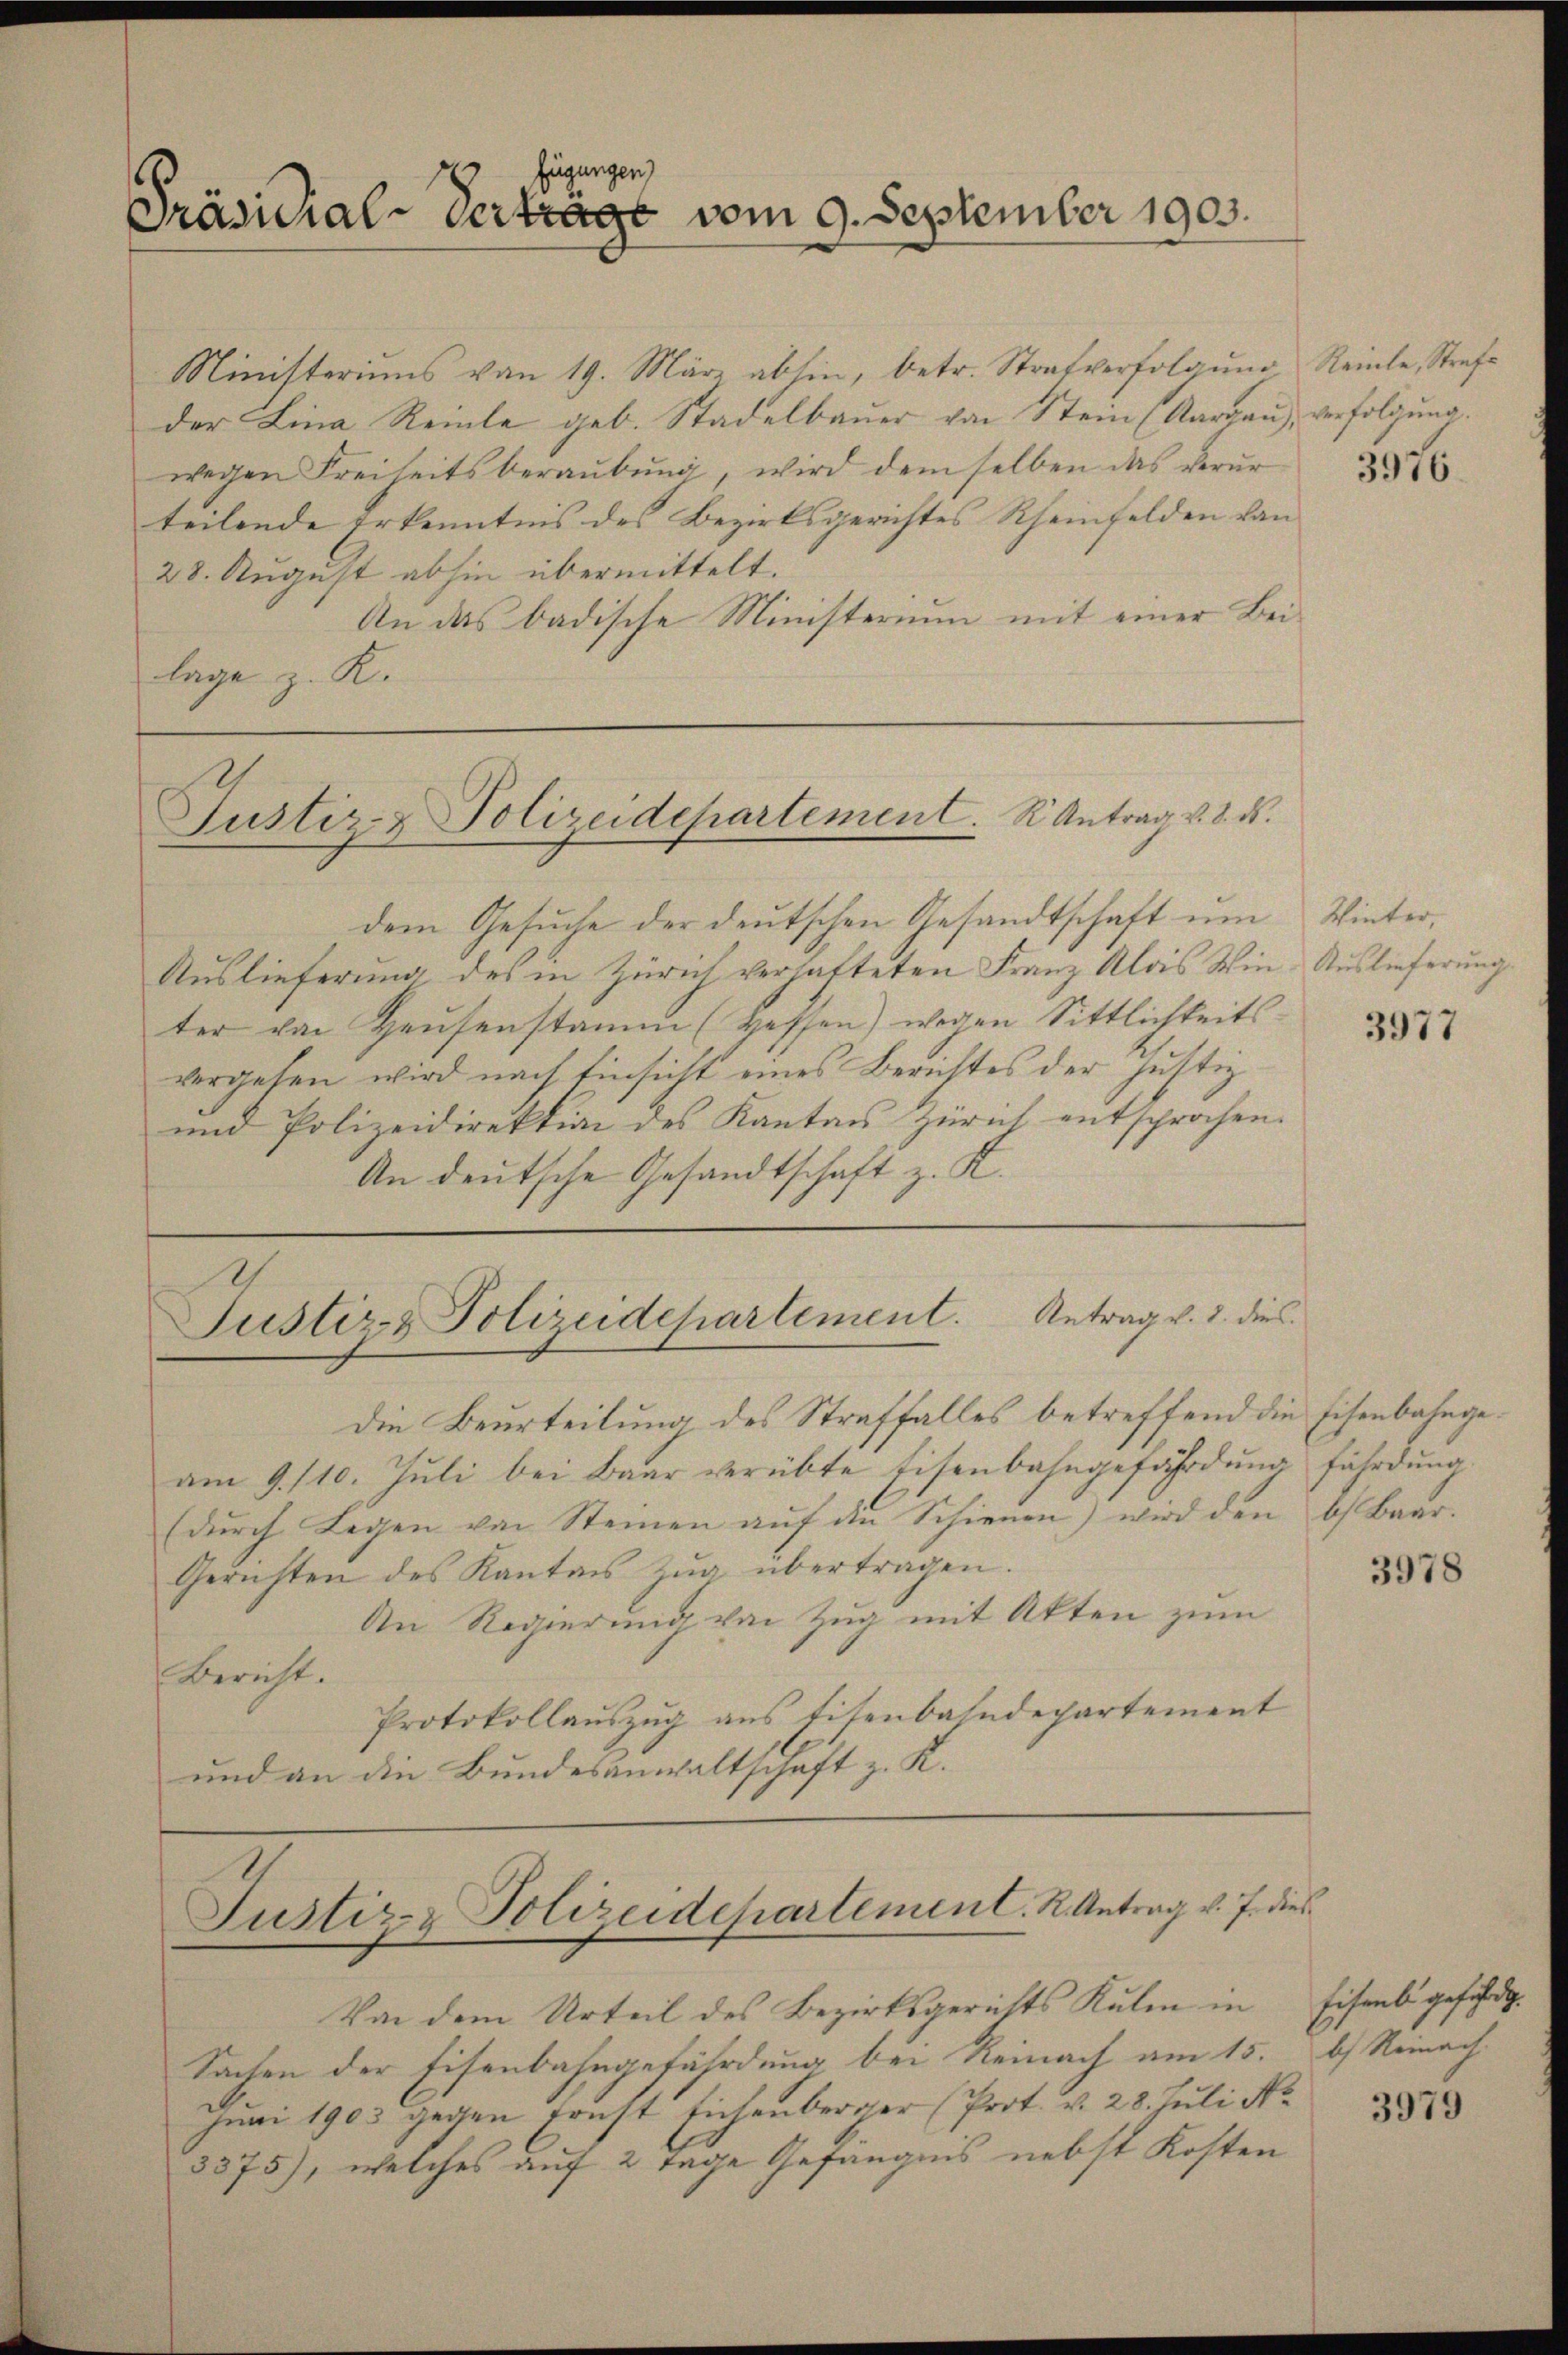
fügungen)
Präsidial-Vertrage vom 9. September 1903.

Ministeriums von 19. März absin, betr. Strafverfolgŭng Reinle, Strafe
der Lina Reinle geb. Stadelbauer von Stein (Aargau, verfolgung.
wegen Freiheitsberaŭbŭng, wird dem selben das verŭr
teilende Erkenntnis des Bezirksgerichtes Rheinfelden von
28. August abhin übermittelt.
An das badische Ministerium mit einer Beilage z. K.

Justiz- & Polizeidepartement. K. Antrag v. 8. ds.

dem Gesuche der deutschen Gesandtschaft um
Auslieferung des in Zürich verhatteten Franz Alois Win-Auslieferung.
ter von Hausenstamm (Wassen) wegen Sittlichkeitsvergehen wird nach Einsicht eines Berichtes der Justiz
und Polizeidirektion des Kanton Zürich entsprochen.
An deutsche Gesandtschaft z. K.

Justiz & Polizeidepartement. Antrag v. 3. dies

Die Beurteilung des Straffalles betreffend die Eisenbahngeam 9. 110. Juli bei Baur verübte Eisenbahngefährdung fährdung
(durch Legen von Steinen auf den Schienen) wird den 6 Baar.
Gerichten des Kanton Zŭg übertragen.
An Regierung von Zug mit Akten zum
Bericht.
Protokollauszug aus Eisenbahndepartement
und an die Bundesanwaltschaft z. K.

Justiz & Polizeidepartement. K. Antrag v. J. dies

Von dem Urteil des Bezirksgerichts Kulm in
Sachen der Eisenbahngefährdung bei Reinach am 15.
Juni 1903 zeiten Ernst Eichenberger (Prot. v. 28. Juli Nr.
3375), welches auf 2 Tage Gefängnis nebst Kosten

3976.

Winter,

3977

3978

Eisenbei geführt.
b) Reinach

3979